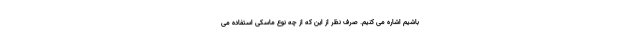
باشیم اشاره می کنیم. صرف نظر از این که از چه نوع ماسکی استفاده می